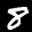
Label: 8